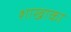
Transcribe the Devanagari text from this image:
शाखाका